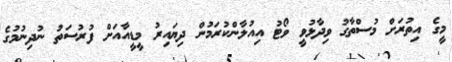
މީގެ އިތުރަށް މުސްތާގު ވިދާޅުވީ ވޯޓު އިއުލާންކުރަމުން ދިޔައިރު މީޑީއާއަށް ފުރުސަތު ނުދިނުމުގެ